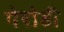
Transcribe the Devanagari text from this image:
पेरोडी